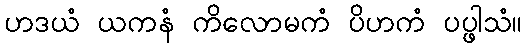
ဟဒယံ ယကနံ ကိလောမကံ ပိဟကံ ပပ္ဖါသံ။